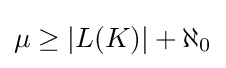
\mu \geq |L(K)|+\aleph _{0}